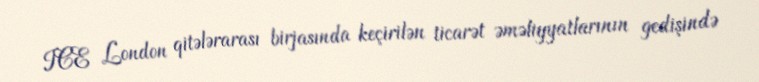
ICE London qitələrarası birjasında keçirilən ticarət əməliyyatlarının gedişində